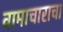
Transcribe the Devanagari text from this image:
वामाचाराचा